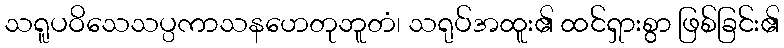
သရူပဝိသေသပ္ပကာသနဟေတုဘူတံ၊ သရုပ်အထူး၏ ထင်ရှားစွာ ဖြစ်ခြင်း၏